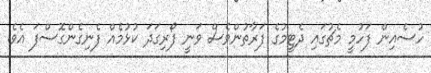
ހުސެއިން ފަހުމީ މެޗުގައި ދެޓީމުގެ ފަރާތުންވެސް ވަނީ ފޯރިގަދަ ކުޅުމެއް ފެނިގެންގޮސްފަ އެވެ.